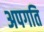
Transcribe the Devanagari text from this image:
अपगति